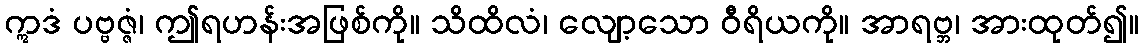
ဣဒံ ပဗ္ဗဇ္ဇံ၊ ဤရဟန်းအဖြစ်ကို။ သိထိလံ၊ လျော့သော ဝီရိယကို။ အာရဗ္ဘ၊ အားထုတ်၍။